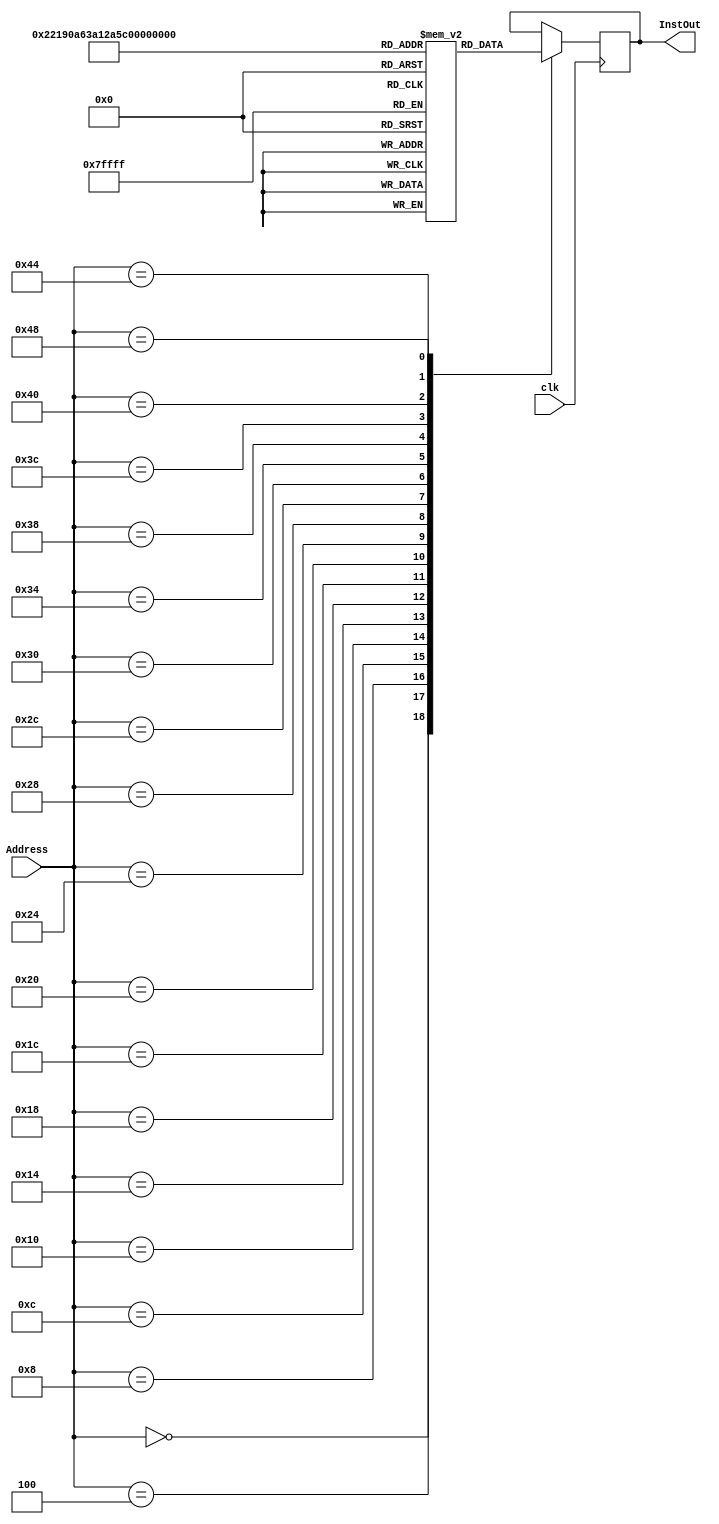
module ROM(Address, InstOut, clk);
	input[31:0]Address;
	input clk;
	
	output reg[31:0] InstOut;
	
	reg[31:0]Instructions[18:0];
	
	initial begin
		Instructions[0] = 32'h00450693;
		Instructions[1] = 32'h00100713;
		Instructions[2] = 32'h00b76463;
		Instructions[3] = 32'h00008067;
		Instructions[4] = 32'h0006a803;
		Instructions[5] = 32'h00068613;
		Instructions[6] = 32'h00070793;
		Instructions[7] = 32'hffc62883;
		Instructions[8] = 32'h01185a63;
		Instructions[9] = 32'h01162023;
		Instructions[10] = 32'hfff78793;
		Instructions[11] = 32'hffc60613;
		Instructions[12] = 32'hfe0796e3;
		Instructions[13] = 32'h00279793;
		Instructions[14] = 32'h00f507b3;
		Instructions[15] = 32'h0107a023;
		Instructions[16] = 32'h00170713;
		Instructions[17] = 32'h00468693;
		Instructions[18] = 32'hfc1ff06f;
	end

	always @(posedge clk) begin
		case (Address) 
			32'h0 : InstOut = Instructions[0];
			32'h4 : InstOut = Instructions[1];
			32'h8 : InstOut = Instructions[2];
			32'hc : InstOut = Instructions[3];
			32'h10 : InstOut = Instructions[4];
			32'h14 : InstOut = Instructions[5];
			32'h18 : InstOut = Instructions[6];
			32'h1c : InstOut = Instructions[7];
			32'h20 : InstOut = Instructions[8];
			32'h24 : InstOut = Instructions[9];
			32'h28 : InstOut = Instructions[10];
			32'h2c : InstOut = Instructions[11];
			32'h30 : InstOut = Instructions[12];
			32'h34 : InstOut = Instructions[13];
			32'h38 : InstOut = Instructions[14];
			32'h3c : InstOut = Instructions[15];
			32'h40 : InstOut = Instructions[16];
			32'h44 : InstOut = Instructions[17];
			32'h48 : InstOut = Instructions[18];
		endcase
	end
endmodule